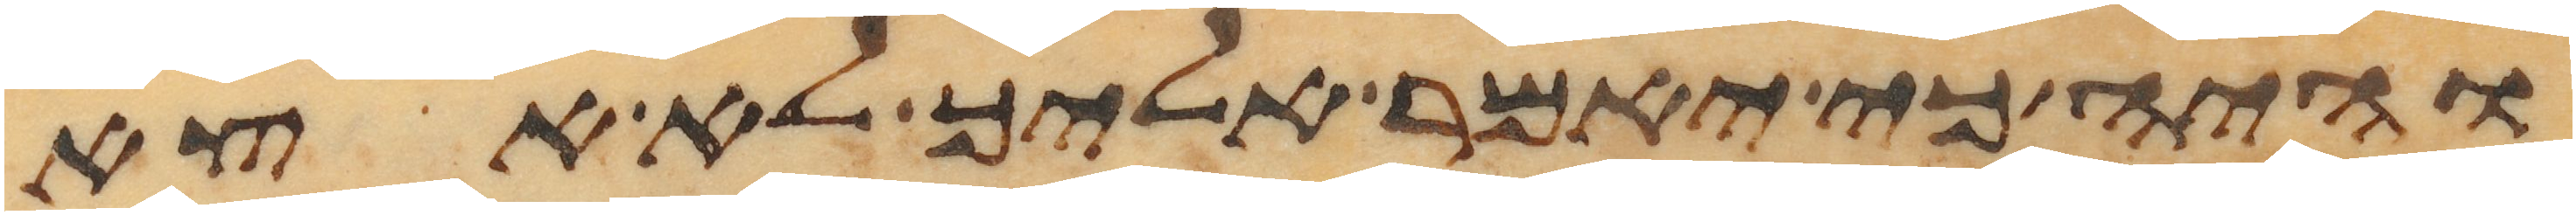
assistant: והיה כי יאמר אליך לא אצא